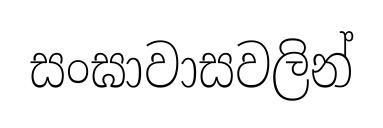
සංඝාවාසවලින්